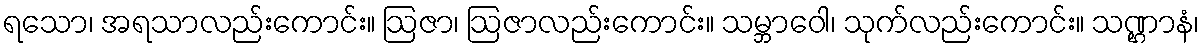
ရသော၊ အရသာလည်းကောင်း။ ဩဇာ၊ ဩဇာလည်းကောင်း။ သမ္ဘာဝေါ၊ သုက်လည်းကောင်း။ သဏ္ဌာနံ၊